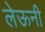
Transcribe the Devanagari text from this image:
लेऊनी